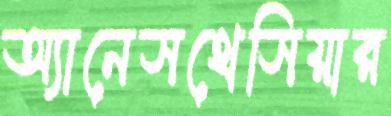
অ্যানেসথেসিয়ার